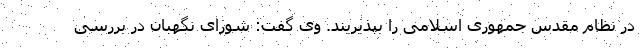
در نظام مقدس جمهوری اسلامی را بپذیریند. وی گفت: شورای نگهبان در بررسی